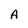
Character: A